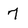
Character: 7